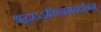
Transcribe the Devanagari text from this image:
श्रद्धाऽऽतिथ्यमदर्चनम्